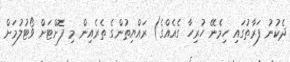
ދެކުނު ފަރާތުގައި ހިމެނޭ ހުރިހާ ގެއެއްގެ) ރައްޔިތުންގެ ތެރެއިން މި ފޮށްޓަށް ވޯޓުލުމަށް